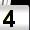
Digit: 4